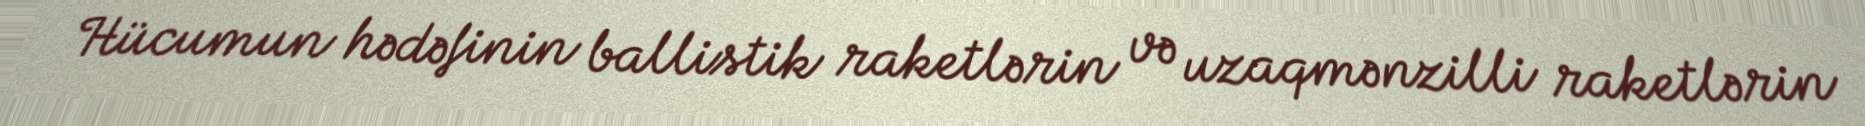
Hücumun hədəfinin ballistik raketlərin və uzaqmənzilli raketlərin